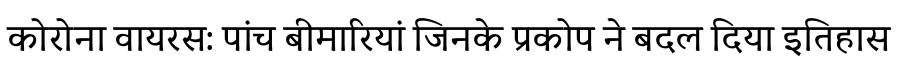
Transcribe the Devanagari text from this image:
कोरोना वायरस: पांच बीमारियां जिनके प्रकोप ने बदल दिया इतिहास